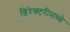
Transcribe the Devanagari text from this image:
डिरेक्टरीमध्ये